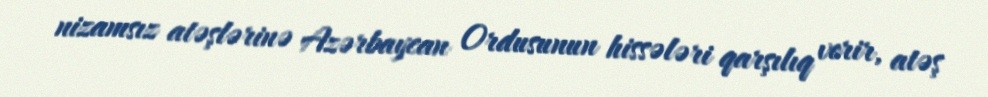
nizamsız atəşlərinə Azərbaycan Ordusunun hissələri qarşılıq verir, atəş